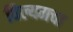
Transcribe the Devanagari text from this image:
विल्यमचा